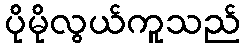
ပိုမိုလွယ်ကူသည်